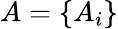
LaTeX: A=\{ A_{i}\}